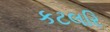
કટલરિ